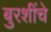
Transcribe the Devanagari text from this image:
बुरशींचे